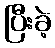
ပြီးခဲ့